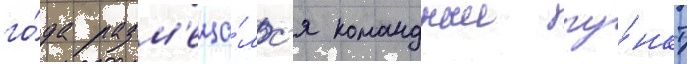
го́да разм'еща́лс'я командныи пу́нкт